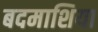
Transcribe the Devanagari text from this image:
बदमाशिया